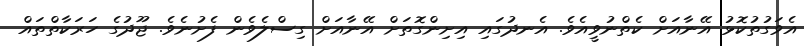
އެވަގުތުކޮޅު އޭނާއަށް ކެތްނުވީއެވެ. އެނދުގައި އިށިންގޮތަށް އޭނާއަށް ގިސްލެވެން ފެށުނެވެ. ޖޫދުގެ ހަރަކާތްތައް